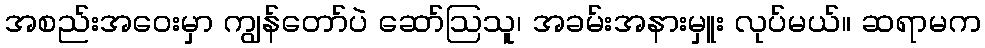
အစည်းအဝေးမှာ ကျွန်တော်ပဲ ဆော်ဩသူ၊ အခမ်းအနားမှူး လုပ်မယ်။ ဆရာမက